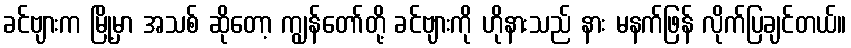
ခင်ဗျားက မြို့မှာ အသစ် ဆိုတော့ ကျွန်တော်တို့ ခင်ဗျားကို ဟိုနားသည် နား မနက်ဖြန် လိုက်ပြချင်တယ်။